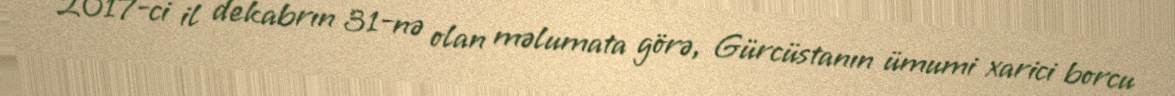
2017-ci il dekabrın 31-nə olan məlumata görə, Gürcüstanın ümumi xarici borcu